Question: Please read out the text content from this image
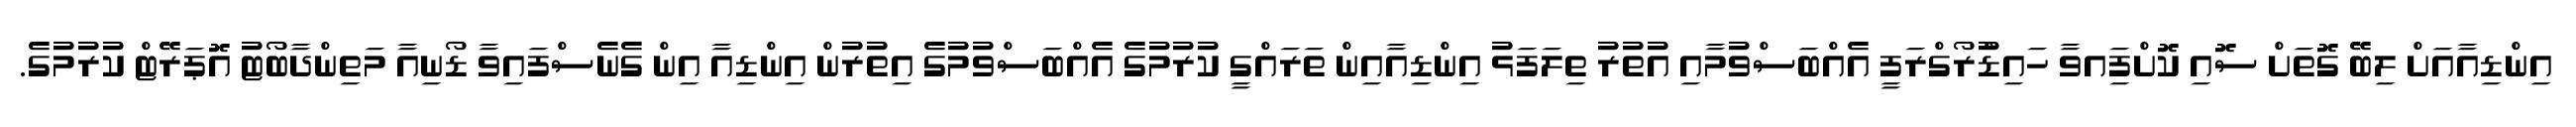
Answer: އިންޑިއާއަށް ލިބޭ ގޮތަށް ސޮއި ކޮށްފަިއވާ ހައިޑުްރޯގްރަފީ އެއްބަސްވުމާއި އުތުރު ތިލަފަޅު އިންޑިއާއިން ތަރައްގީ ކުރުމުގެ އެއްބަސްވުމުގެ އިތުރުން އިންޑިއާ އިން ގެނެސްފައިވާ ޑޯނިއާ މަތިންދާބޯޓު އޮޕަރޭޓް ކުރުމުގެ.